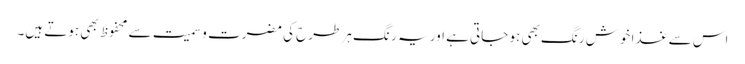
اس سے غذا خوش رنگ بھی ہو جاتی ہے اور یہ ر نگ ہر طرح کی مضرت وسمیت سے محفوظ بھی ہوتے ہیں۔